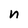
Character: n